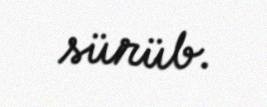
sürüb.